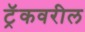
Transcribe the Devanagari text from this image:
ट्रॅकवरील